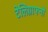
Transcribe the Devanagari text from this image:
टेलिग्राफ्नो